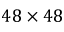
4 8 \times 4 8